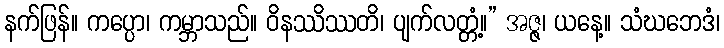
နက်ဖြန်။ ကပ္ပော၊ ကမ္ဘာသည်။ ဝိနဿိဿတိ၊ ပျက်လတ္တံ့။” အဇ္ဇ၊ ယနေ့။ သံဃဘေဒံ၊